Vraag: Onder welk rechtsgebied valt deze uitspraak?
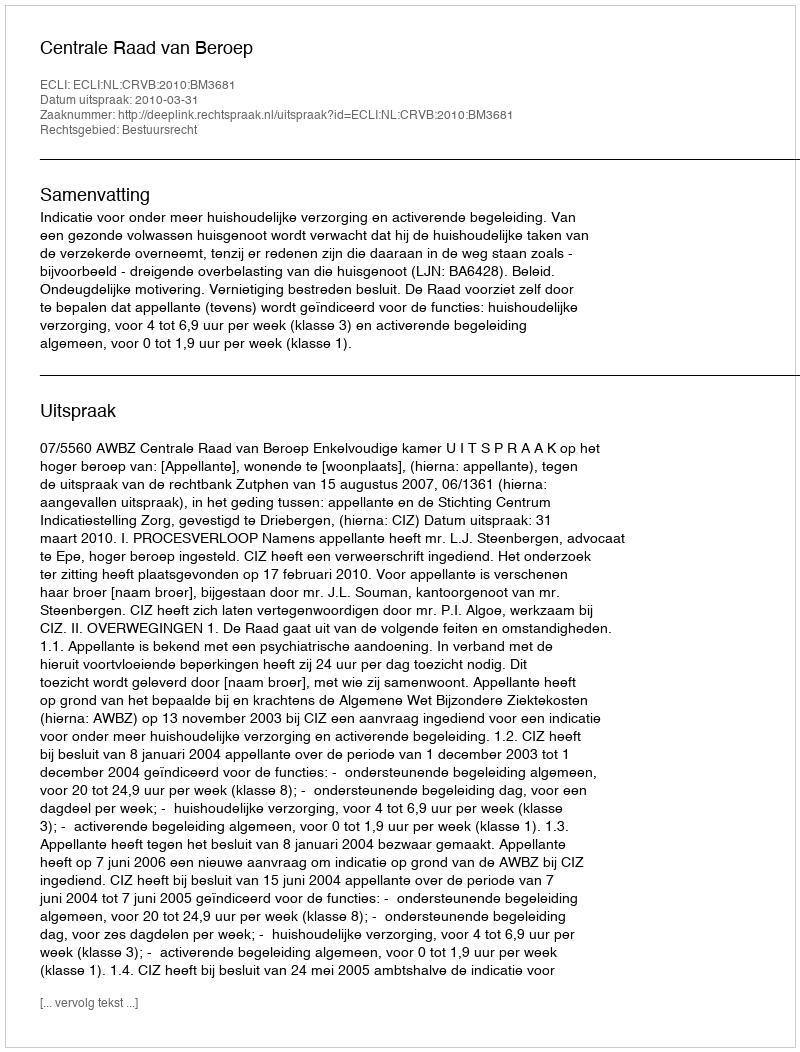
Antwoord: Bestuursrecht